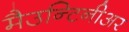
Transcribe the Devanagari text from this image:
मैउन्टिनीअर